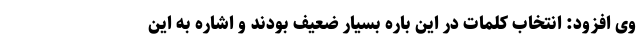
وی افزود: انتخاب کلمات در این باره بسیار ضعیف بودند و اشاره به این